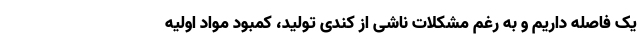
یک فاصله داریم و به رغم مشکلات ناشی از کندی تولید، کمبود مواد اولیه